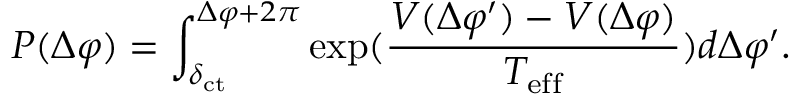
P ( \Delta \varphi ) = \int _ { \delta _ { \mathrm { c t } } } ^ { \Delta \varphi + 2 \pi } \exp ( \frac { V ( \Delta \varphi ^ { \prime } ) - V ( \Delta \varphi ) } { T _ { \mathrm { e f f } } } ) d \Delta \varphi ^ { \prime } .